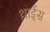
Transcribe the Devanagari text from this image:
थ्राईस